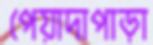
পেয়াদাপাড়া